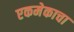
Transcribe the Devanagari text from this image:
एकमेकाचा